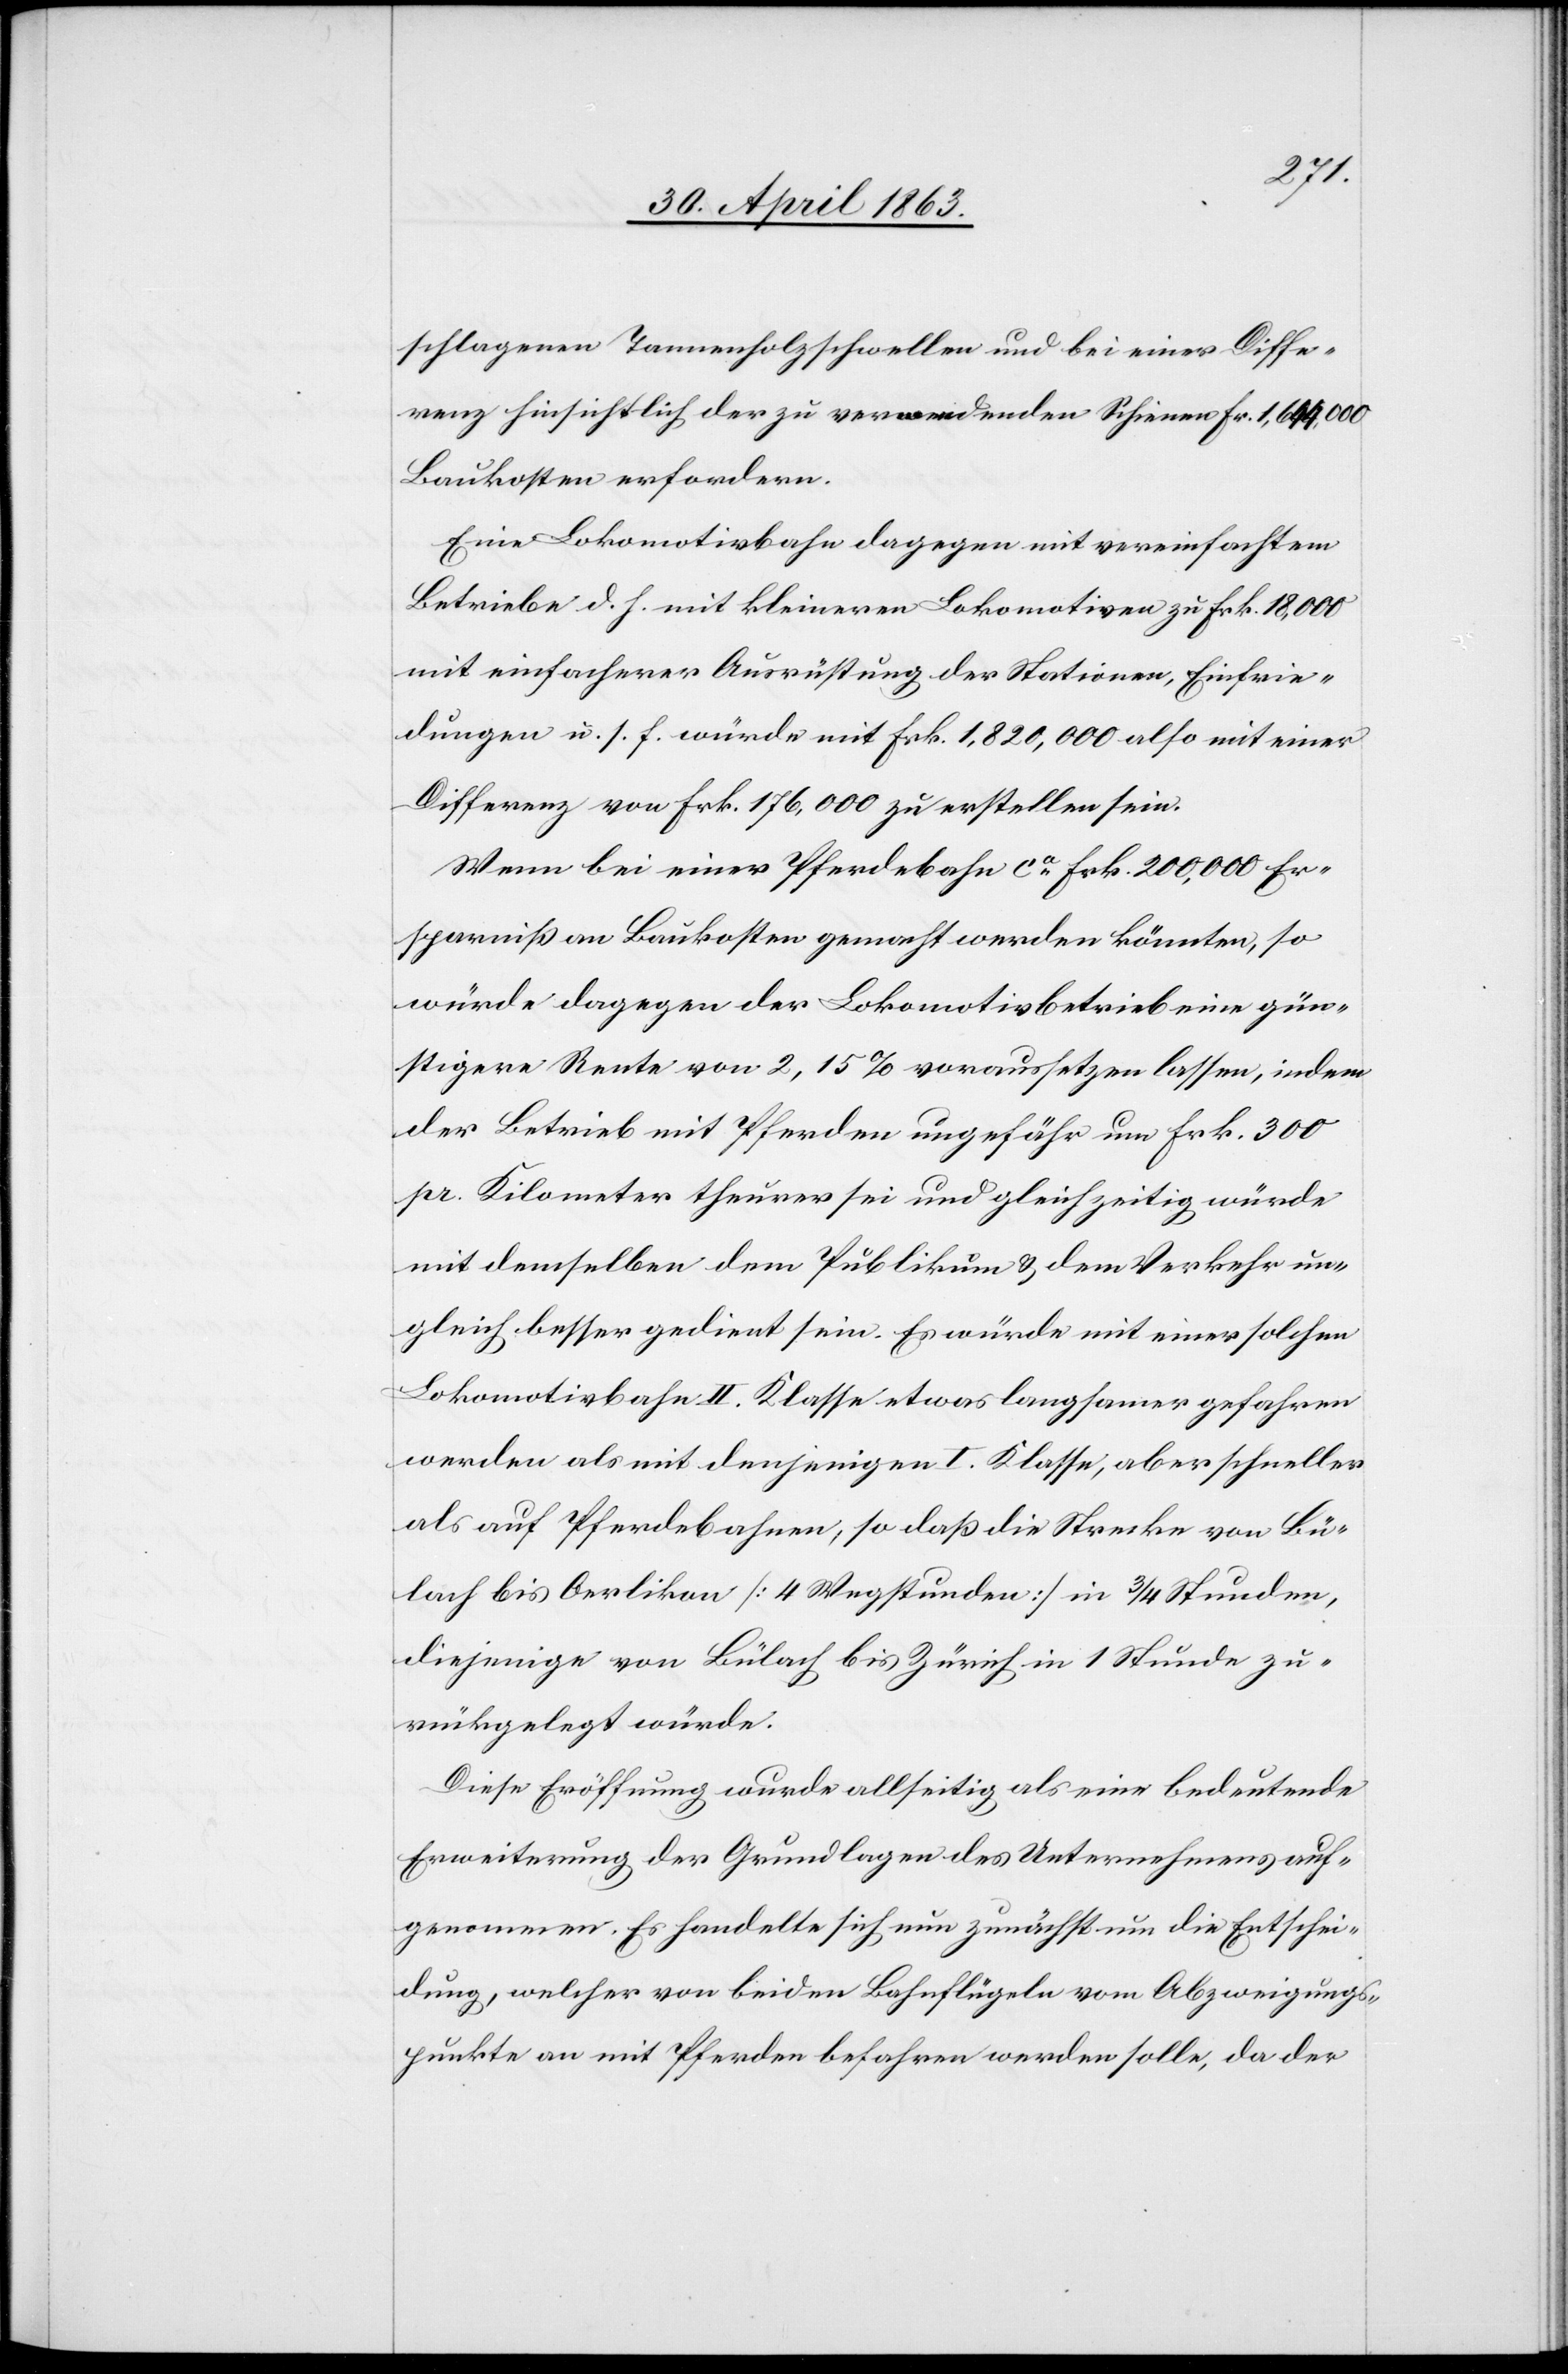
schlagenen Tannenholzschwellen und bei einer Diffe¬
renz hinsichtlich der zu verwendenden Schienen Fr. 1,644,000
Baukosten erfordern.
Eine Lokomotivbahn dagegen mit vereinfachtem
Betriebe d. h. mit kleineren Lokomotiven zu Frk. 18,000
mit einfacherer Ausrüstung der Stationen, Einfrie¬
dungen u. s. f. würde mit Frk. 1,820,000 also mit einer
Differenz von Frk. 176,000 zu erstellen sein.
Wenn bei einer Pferdebahn ca Frk. 200,000 Er¬
sparniß an Baukosten gemacht werden könnten, so
würde dagegen der Lokomotivbetrieb eine gün¬
stigere Rente von 2,15% voraussetzen lassen, indem
der Betrieb mit Pferden ungefähr um Frk. 300
pr. Kilometer theurer sei und gleichzeitig würde
mit demselben dem Publikum & dem Verkehr un¬
gleich besser gedient sein. Es würde mit einer solchen
Lokomotivbahn II. Klasse etwas langsamer gefahren
werden als mit denjenigen I. Klasse, aber schneller
als auf Pferdebahnen, so daß die Strecke von Bü¬
lach bis Oerlikon [4 Wegstunden] in 3/4 Stunden,
diejenige von Bülach bis Zürich in 1 Stunde zu¬
rückgelegt würde.
Diese Eröffnung wurde allseitig als eine bedeutende
Erweiterung der Grundlagen des Unternehmens auf¬
genommen. Es handelte sich nun zunächst um die Entschei¬
dung, welcher von beiden Bahnflügeln vom Abzweigungs¬
punkte an mit Pferden befahren werden solle, da der